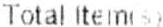
TOTAL ITEM(S)